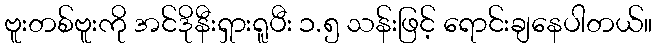
ဗူးတစ်ဗူးကို အင်ဒိုနီးရှားရူပီး ၁.၅ သန်းဖြင့် ရောင်းချနေပါတယ်။